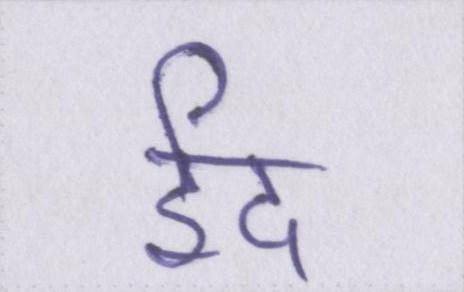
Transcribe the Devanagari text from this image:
ईद